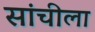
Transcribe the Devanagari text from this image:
सांचीला